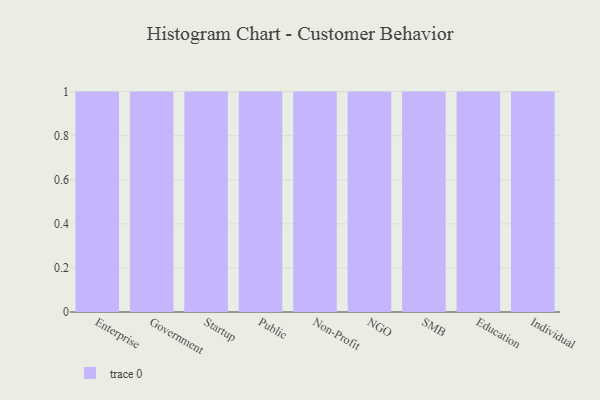
{"axis": {"x": "Segment", "y": "Budget (USD K)"}, "legend": [""], "data": [{"x": "Enterprise", "y": 80, "type": ""}, {"x": "Government", "y": 3, "type": ""}, {"x": "Startup", "y": 73, "type": ""}, {"x": "Public", "y": 21, "type": ""}, {"x": "Non-Profit", "y": 6, "type": ""}, {"x": "NGO", "y": 50, "type": ""}, {"x": "SMB", "y": 30, "type": ""}, {"x": "Education", "y": 34, "type": ""}, {"x": "Individual", "y": 31, "type": ""}]}